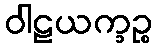
ဝါဠယက္ခဉ္စ